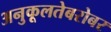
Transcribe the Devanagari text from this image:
अनुकूलतेबरोबर